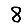
Digit: 8